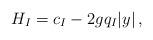
LaTeX: \begin{align*} H_I = c_I - 2g q_I |y|\,,\end{align*}